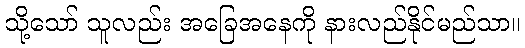
သို့သော် သူလည်း အခြေအနေကို နားလည်နိုင်မည်သာ။